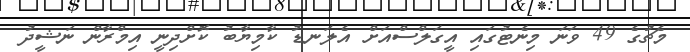
މެޗުގެ 49 ވަނަ މިނެޓުގައި އީގަލްސްއަށް އެލަނޑު ކާމިޔާބު ކޮށްދިނީ އިމްރާން ނަޝީދު